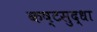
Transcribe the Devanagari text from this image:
कष्टसुद्धा